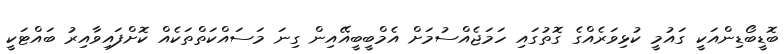
ބޮޑީބޯޑިންއަކީ ގައުމީ ކުޅިވަރެއްގެ ގޮތުގައި ހަމަޖެއްސުމަށް އެމްބީބީއޭއިން ގިނަ މަސައްކަތްތަކެއް ކޮށްފައިވާއިރު ބައްޓަކީ